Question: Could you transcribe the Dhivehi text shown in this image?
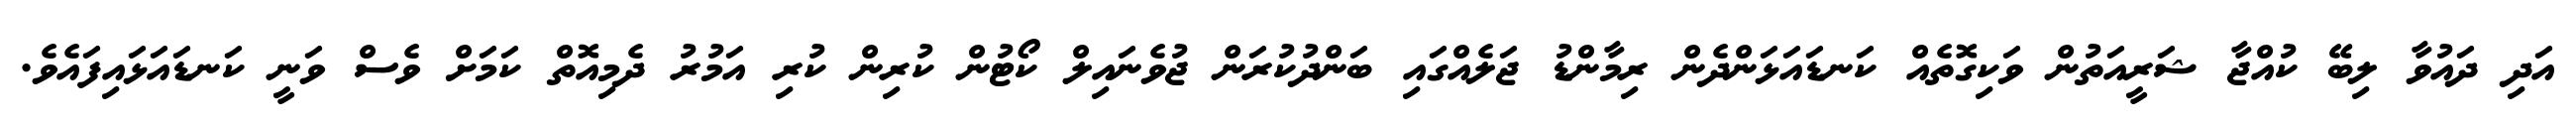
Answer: އަދި ދައުވާ ލިބޭ ކުއްޖާ ޝަރީއަތުން ވަކިގޮތެއް ކަނޑައަޅަންދެން ރިމާންޑު ޖަލެއްގައި ބަންދުކުރަން ޖުވެނައިލް ކޯޓުން ކުރިން ކުރި އަމުރު ދެމިއޮތް ކަމަށް ވެސް ވަނީ ކަނޑައަޅައިފައެވެ.